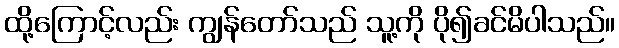
ထို့ကြောင့်လည်း ကျွန်တော်သည် သူ့ကို ပို၍ခင်မိပါသည်။